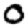
Digit: 0